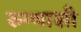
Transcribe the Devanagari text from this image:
रुग्णाशी